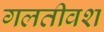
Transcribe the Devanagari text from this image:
गलतीवश